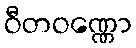
ဝီတဝဏ္ဏော